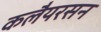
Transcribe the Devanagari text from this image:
कलैयरसन